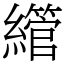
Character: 䌣